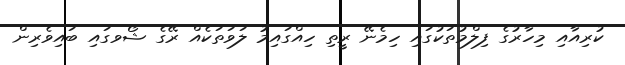
ކުރިއާއި މިހާރުގެ ފިލްމުތަކުގައި ހިމެނޭ ރީތި ހިއްގައިމު ލަވަތަކެއް ރޭގެ ޝޯވގައި ބައިވެރިން